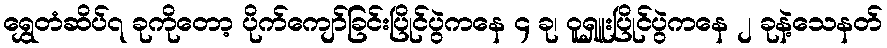
ရွှေတံဆိပ်၇ ခုကိုတော့ ပိုက်ကျော်ခြင်းပြိုင်ပွဲကနေ ၄ ခု၊ ဝူရှူးပြိုင်ပွဲကနေ ၂ ခုနဲ့သေနတ်